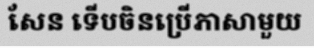
សែន ទើបចិនប្រើភាសាមួយ